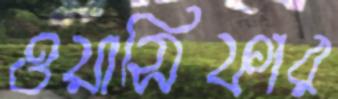
ওয়াসিফার